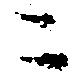
ニ